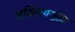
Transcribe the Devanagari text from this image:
अभिनयसुद्धा